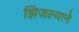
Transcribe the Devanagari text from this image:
झिजल्याने